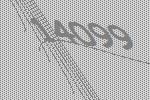
14099